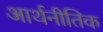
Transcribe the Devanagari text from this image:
आर्थनीतिक